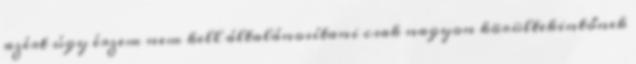
azért úgy érzem nem kell általánosítani csak nagyon körültekintőnek